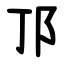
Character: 邒